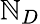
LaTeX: \mathbb{N}_{D}